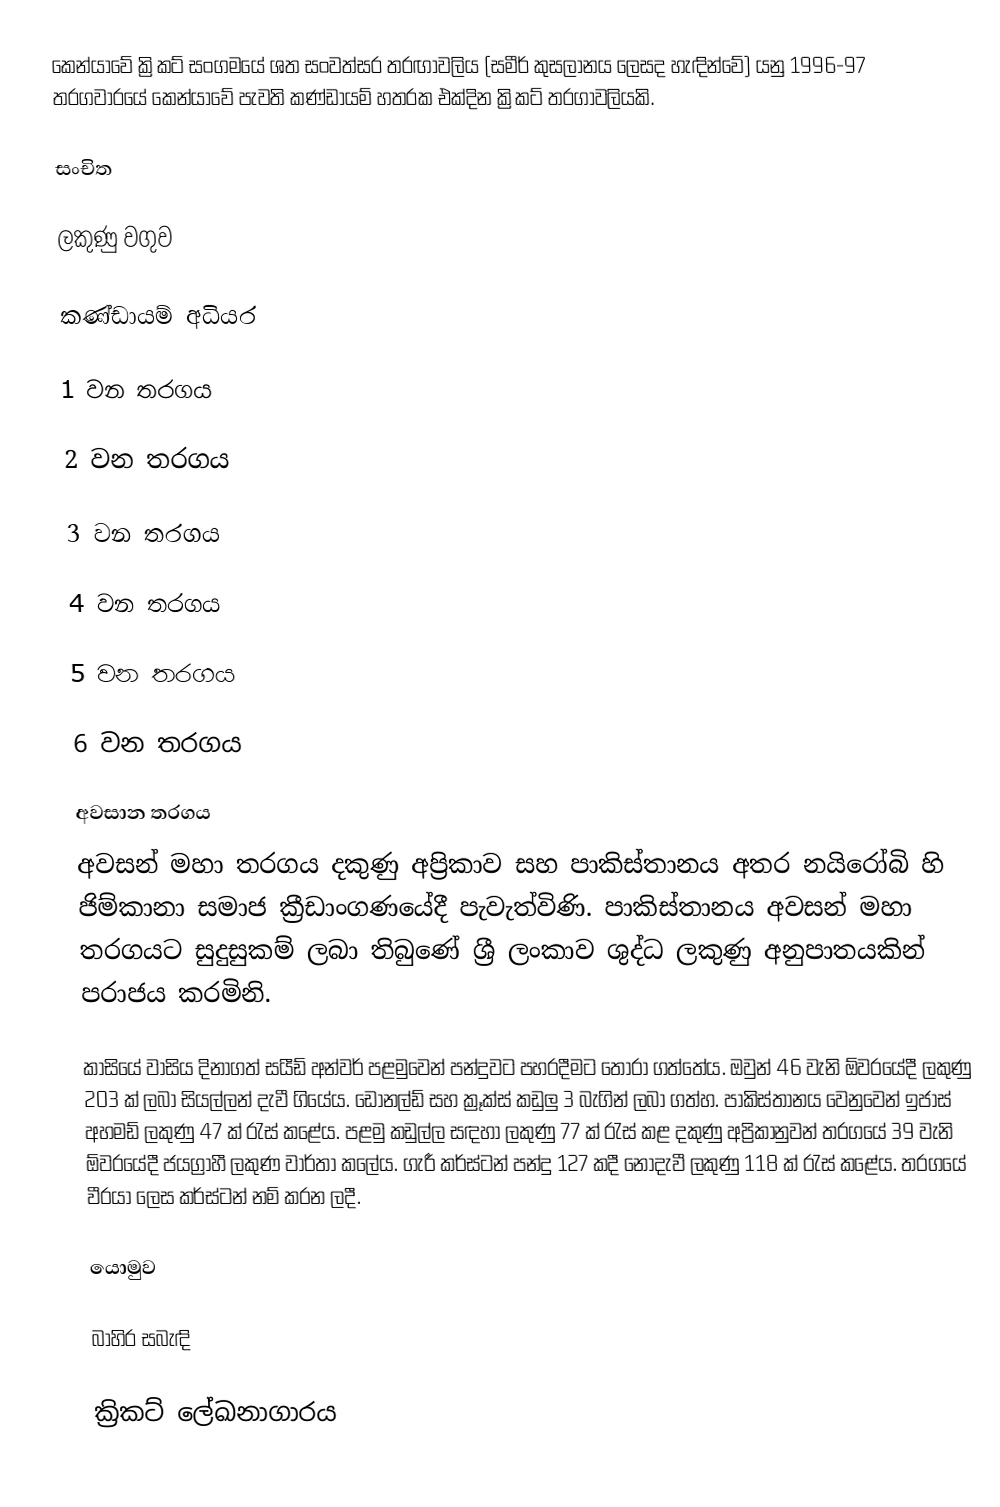
කෙන්යාවේ ක්‍රිකට් සංගමයේ ශත සංවත්සර තරඟාවලිය (සමීර් කුසලානය ලෙසද හැඳින්වේ) යනු 1996-97 තරගවාරයේ කෙන්යාවේ පැවති කණ්ඩායම් හතරක එක්දින ක්‍රිකට් තරගාවලියකි.

සංචිත

ලකුණු වගුව

කණ්ඩායම් අධියර

1 වන තරගය

2 වන තරගය

3 වන තරගය

4 වන තරගය

5 වන තරගය

6 වන තරගය

අවසාන තරගය
අවසන් මහා තරගය දකුණු අප්‍රිකාව සහ පාකිස්තානය අතර නයිරෝබි හි ජිම්කානා සමාජ ක්‍රීඩාංගණයේදී පැවැත්විණි. පාකිස්තානය අවසන් මහා තරගයට සුදුසුකම් ලබා තිබුණේ ශ්‍රී ලංකාව ශුද්ධ ලකුණු අනුපාතයකින් පරාජය කරමිනි.

කාසියේ වාසිය දිනාගත් සයීඩ් අන්වර් පළමුවෙන් පන්දුවට පහරදීමට තෝරා ගත්තේය. ඔවුන් 46 වැනි ඕවරයේදී ලකුණු 203 ක් ලබා සියල්ලන් දැවී ගියේය. ඩොනල්ඩ් සහ ක්‍රූක්ස් කඩුලු 3 බැගින් ලබා ගත්හ. පාකිස්තානය වෙනුවෙන් ඉජාස් අහමඩ් ලකුණු 47 ක් රැස් කළේය. පළමු කඩුල්ල සඳහා ලකුණු 77 ක් රැස් කළ දකුණු අප්‍රිකානුවන් තරගයේ 39 වැනි ඕවරයේදී ජයග්‍රාහී ලකුණ වාර්තා කලේය. ගැරී කර්ස්ටන් පන්දු 127 කදී නොදැවී ලකුණු 118 ක් රැස් කළේය. තරගයේ වීරයා ලෙස කර්ස්ටන් නම් කරන ලදී.

යොමුව

බාහිර සබැඳි

 ක්‍රිකට් ලේඛනාගාරය